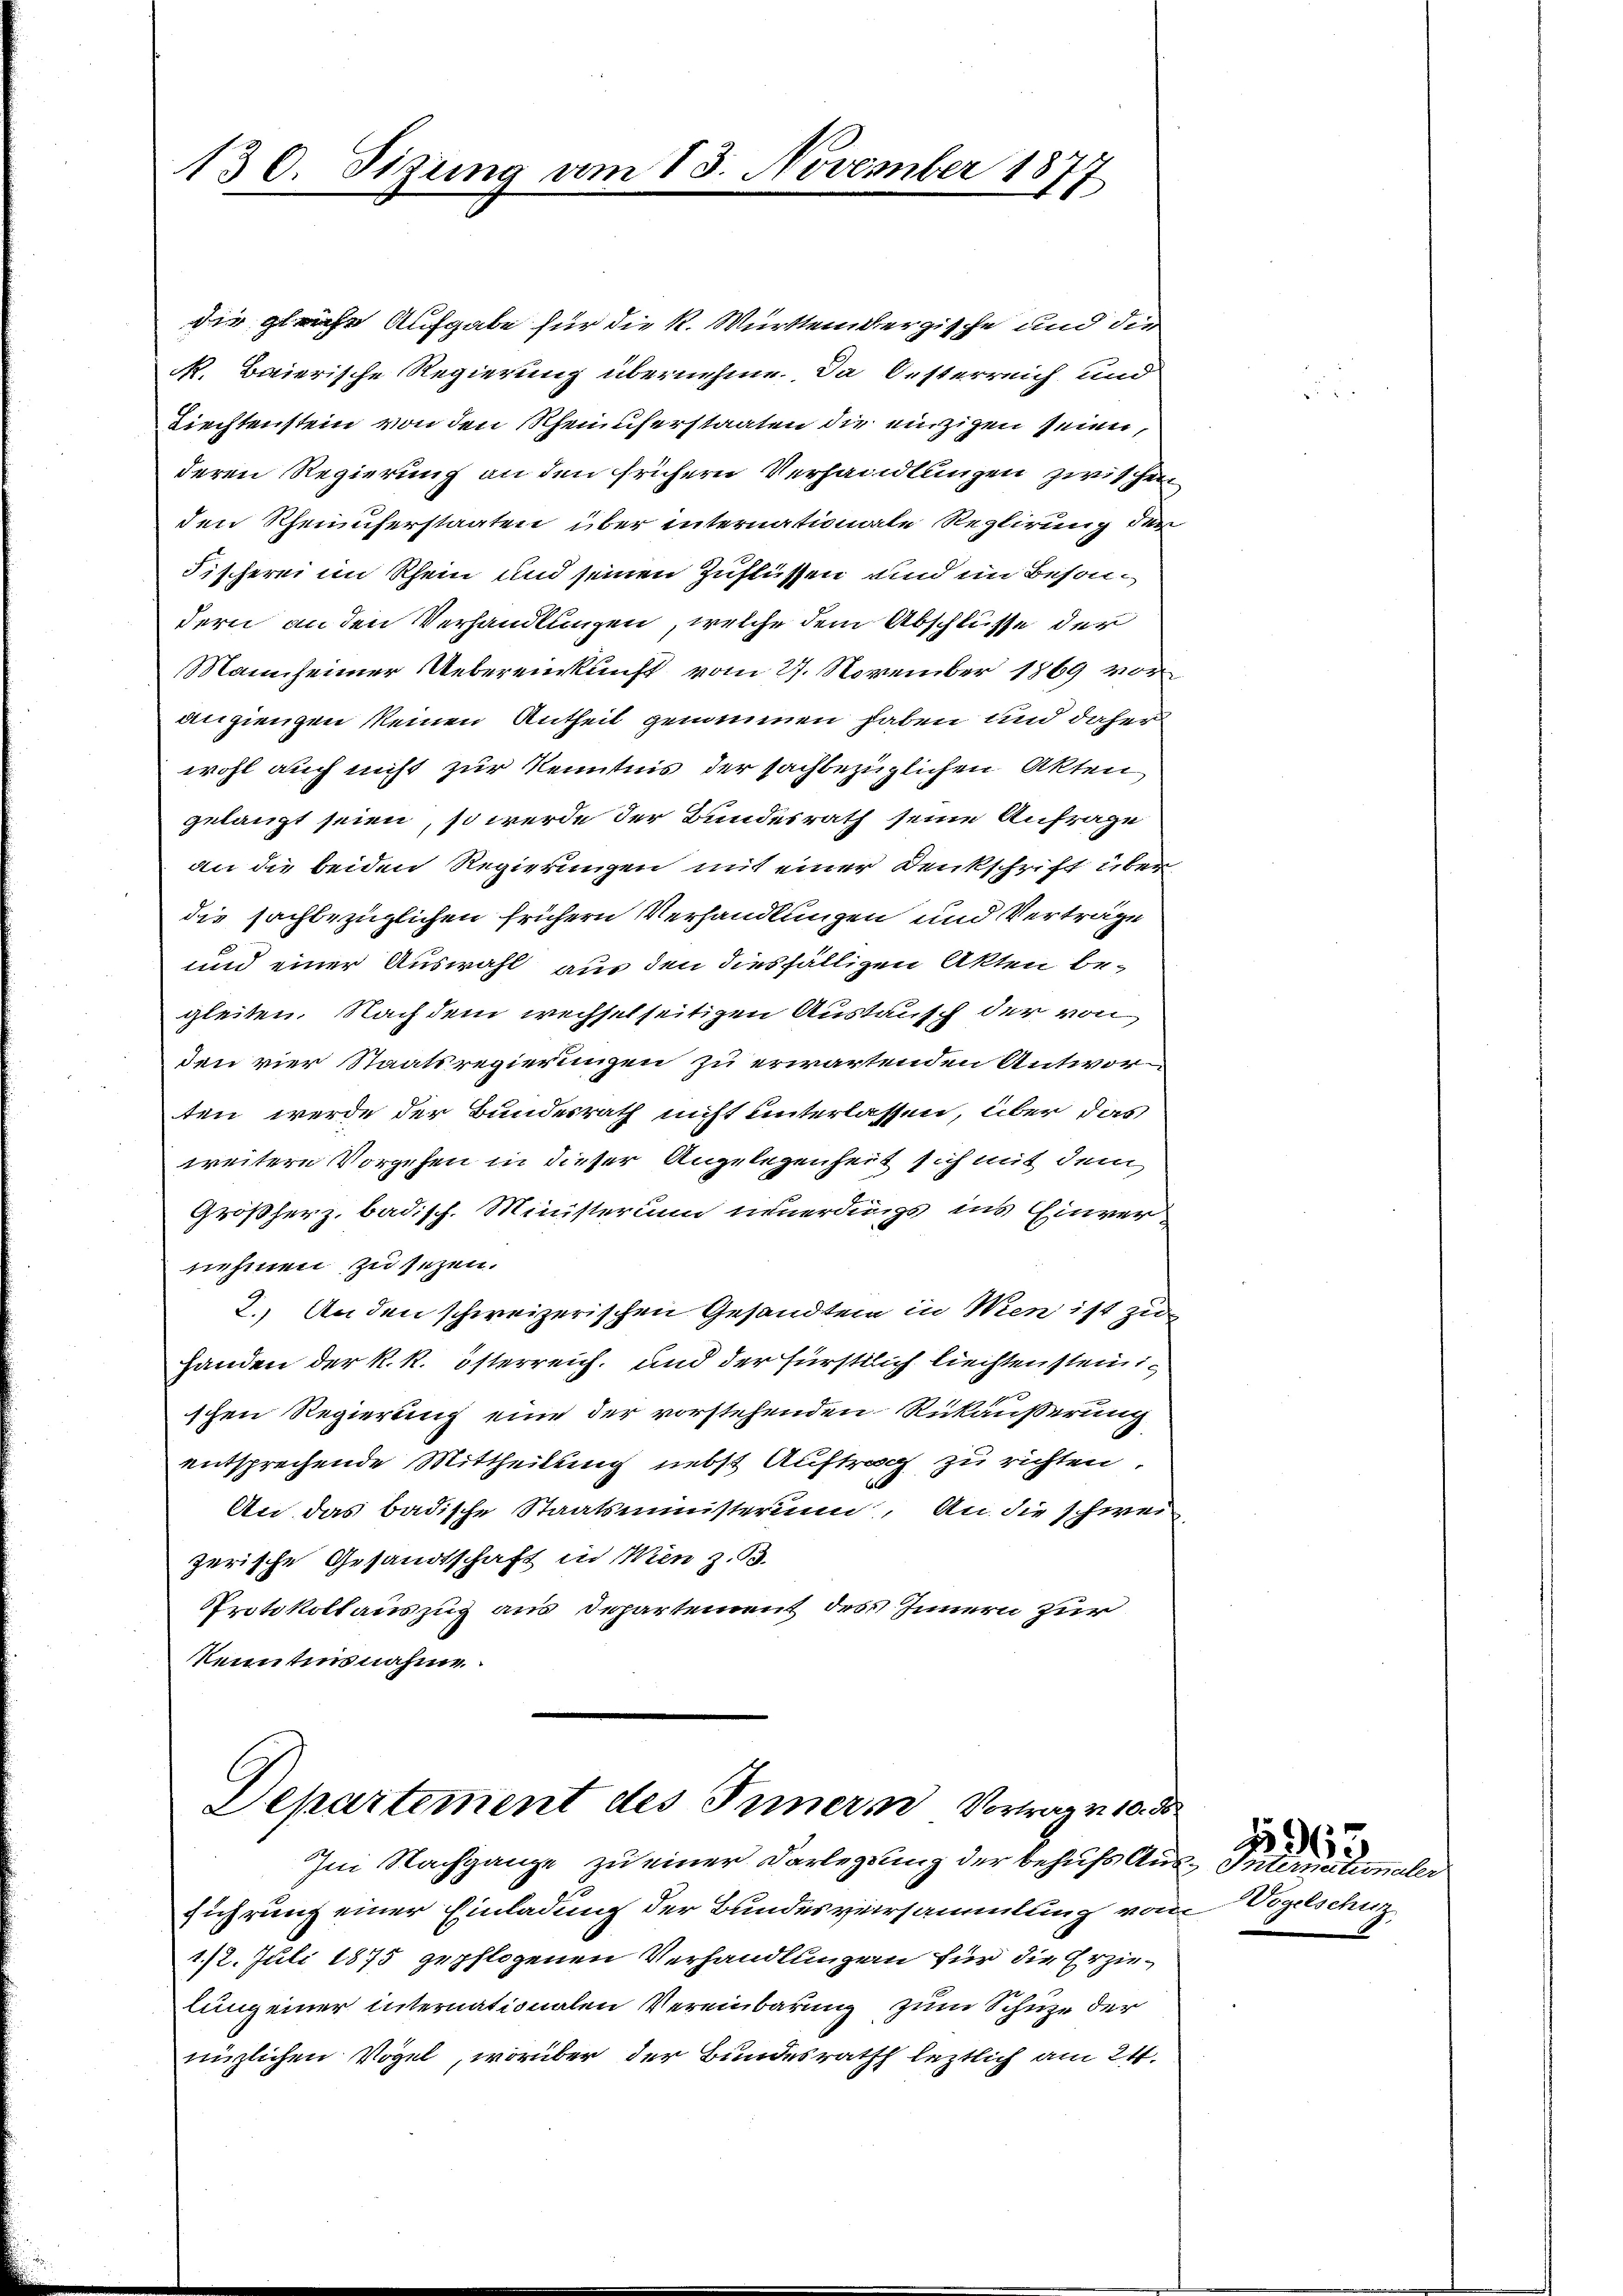
130. Sizung am 13. November 1877

die gleiche Aufgabe für die K. Württembergische und die
N. Baierische Regierung übernehme. Da Oesterreich und
Riechtenstein von den Rheinuferstaaten die einzigen seien,
deren Regierung an den frühern Verhandlungen zwischen
den Rheinuferstaaten über internationale Reglirung der
Fischerei im Rhein und seinen Zuflüssen und im Besondern an den Verhandlungen, welche dem Abschlüsse der
Mannheimer Uebereinkunft vom 27. November 1869 vor
angiengen keinen Antheil genommen haben und daher
wohl auch nicht zur Kenntnis der sachbezüglichen Akten
gelangt seien, so werde der Bundesrath seine Anfrage
an die beiden Regierungen mit einer Denkschrift über
die sachbezüglichen frühern Verhandlungen und Verträge
und einer Auswahl, aus den diesfälligen Akten begleiten. Nachdem wechselseitigen Austausch der von
den vier Staatsregierungen zu erwartenden Antworten werde der Bundesrath nicht unterlassen, über das
weitere Vorgehen in dieser Angelegenheit sich mit dem
Großherz, badisch. Ministerium neuerdings ins Einver-
nehmen zu sezen.
2. Anden schweizerischen Gesandten in Wien ist zu
Handen der k. k. österreich, und der fürstlich liechten steinischen Regierung eine der vorstehenden Rückäußerung
entsprechende Mittheilung nebst Auftrag zu richten,
An das badische Staatsministerium. An die schwei-
zerische Gesandtschaft in Wien z. B.
Protokollauszug aus Departement des Innern zur
kenntisnahme

Departement des Innern Vortrag v. 10. d

Im Nachgange zu einer Darlegung der behufs Aus-Intern eine tonaler
führung einer Einladung der Bundesversammlung vom Vogelschuz
1/2. Juli 1875 gepflogenen Verhandlungen für die Erzielung einer internationalen Vereinbarung zum Schuze der
nüzlichen Vogel, worüber der Bundesrath leztlich am 24.

3967